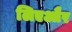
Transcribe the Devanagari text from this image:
लिएऔर